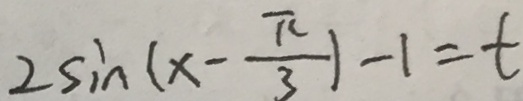
2 \sin ( x - \frac { \pi } { 3 } ) - 1 = t